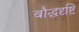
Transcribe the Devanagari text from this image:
बौद्धदृष्टि